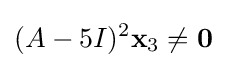
(A-5I)^{2}\mathbf {x} _{3}\neq \mathbf {0}